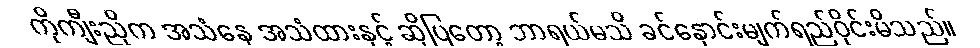
ကိုကျီးညိုက အသံနေ အသံထားနှင့် ဆိုပြတော့ ဘာရယ်မသိ ခင်နှောင်းမျက်ရည်ဝိုင်းမိသည်။